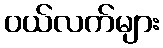
ဝယ်လက်များ